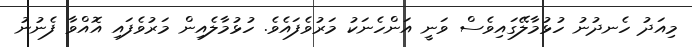
މިއަދު ހެނދުނު ހުޅުމާލޭގައިވެސް ވަނީ އަންހެނަކު މަރުވެފައެވެ. ހުޅުމާލެއިން މަރުވެފައި އޮއްވާ ފެނުނު